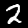
Digit: 2